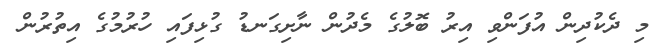
މި ދެކުދިން އުފަންވި އިރު ބޮލުގެ މެދުން ނާށިގަނޑު ގުޅިފައި ހުރުމުގެ އިތުރުން